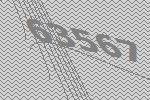
63567